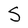
Character: S